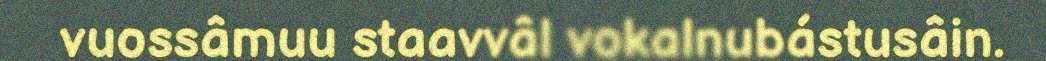
vuossâmuu staavvâl vokalnubástusâin.